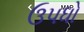
ઉપધો